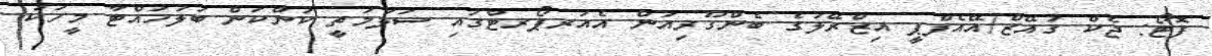
ފޮޓޯ: ޖެކް ގުއޭޒް/އޭއެފްޕީ އިޒްރޭލުގެ ބެންގޫރިއަން އެއަރޕޯރޓްގައި ސަލާމަތީ ކަންކަން ބަލަހައްޓާ މީހަކު